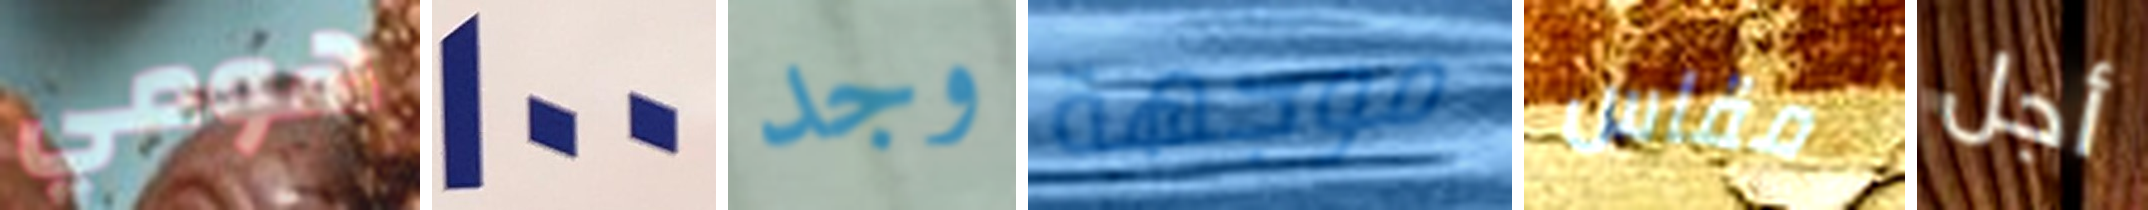
هومي 100 وجد موجهة مقاس أجل